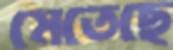
মেতেছে